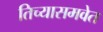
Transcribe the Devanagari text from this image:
तिच्यासमवेत